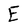
Character: E